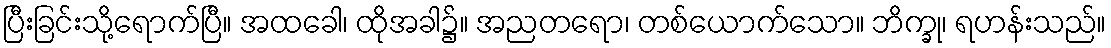
ပြီးခြင်းသို့ရောက်ပြီ။ အထခေါ၊ ထိုအခါ၌။ အညတရော၊ တစ်ယောက်သော။ ဘိက္ခု၊ ရဟန်းသည်။